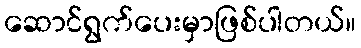
ဆောင်ရွက်ပေးမှာဖြစ်ပါတယ်။